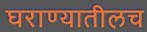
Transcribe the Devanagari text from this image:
घराण्यातीलच